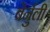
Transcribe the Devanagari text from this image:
बेर्नुली